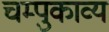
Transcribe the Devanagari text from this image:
चम्पुकाव्य